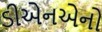
ડીએનએનો